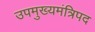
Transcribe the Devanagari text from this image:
उपमुख्यमंत्रिपद